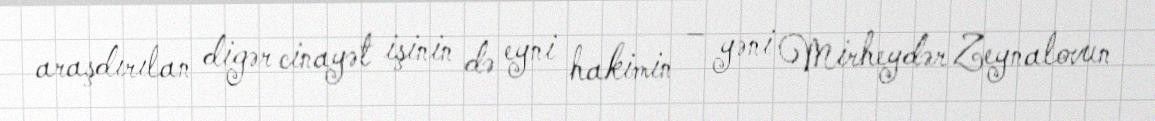
araşdırılan digər cinayət işinin də eyni hakimin – yəni Mirheydər Zeynalovun